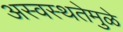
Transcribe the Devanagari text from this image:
अस्वस्थतेमुळे